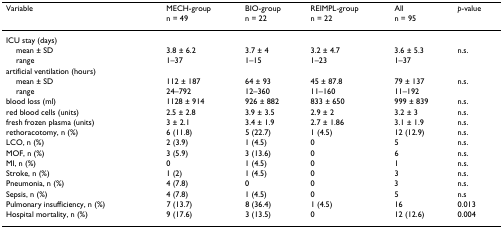
| Variable | MECH-groupn = 49 | BIO-groupn = 22 | REIMPL-groupn = 22 | Alln = 95 | p-value |
 | --- | --- | --- | --- | --- | --- |
 | ICU stay (days) |  |  |  |  |  |
 | mean ± SD | 3.8 ± 6.2 | 3.7 ± 4 | 3.2 ± 4.7 | 3.6 ± 5.3 | n.s. |
 | range | 1–37 | 1–15 | 1–23 | 1–37 |  |
 | artificial ventilation (hours) |  |  |  |  |  |
 | mean ± SD | 112 ± 187 | 64 ± 93 | 45 ± 87.8 | 79 ± 137 | n.s. |
 | range | 24–792 | 12–360 | 11–160 | 11–192 |  |
 | blood loss (ml) | 1128 ± 914 | 926 ± 882 | 833 ± 650 | 999 ± 839 | n.s. |
 | red blood cells (units) | 2.5 ± 2.8 | 3.9 ± 3.5 | 2.9 ± 2 | 3.2 ± 3 | n.s. |
 | fresh frozen plasma (units) | 3 ± 2.1 | 3.4 ± 1.9 | 2.7 ± 1.86 | 3.1 ± 1.9 | n.s. |
 | rethoracotomy, n (%) | 6 (11.8) | 5 (22.7) | 1 (4.5) | 12 (12.9) | n.s. |
 | LCO, n (%) | 2 (3.9) | 1 (4.5) | 0 | 5 | n.s. |
 | MOF, n (%) | 3 (5.9) | 3 (13.6) | 0 | 6 | n.s. |
 | MI, n (%) | 0 | 1 (4.5) | 0 | 1 | n.s. |
 | Stroke, n (%) | 1 (2) | 1 (4.5) | 0 | 3 | n.s. |
 | Pneumonia, n (%) | 4 (7.8) | 0 | 0 | 3 | n.s. |
 | Sepsis, n (%) | 4 (7.8) | 1 (4.5) | 0 | 5 | n.s |
 | Pulmonary insufficiency, n (%) | 7 (13.7) | 8 (36.4) | 1 (4.5) | 16 | 0.013 |
 | Hospital mortality, n (%) | 9 (17.6) | 3 (13.5) | 0 | 12 (12.6) | 0.004 |